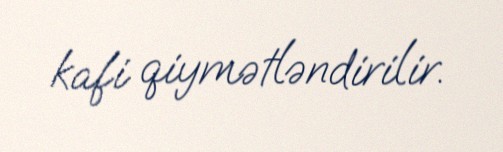
kafi qiymətləndirilir.